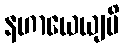
နဟာယေယျပိ